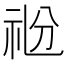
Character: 𥘶